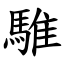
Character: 騅